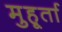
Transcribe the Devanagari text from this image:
मुहूर्ता